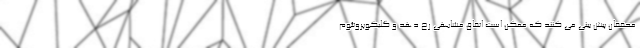
محققان پیش بینی می کنند که ممکن است اتفاق مشابهی رخ دهد و گلیکوپروتئوم